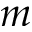
m